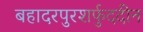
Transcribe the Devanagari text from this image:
बहादरपुरशर्फुददीन